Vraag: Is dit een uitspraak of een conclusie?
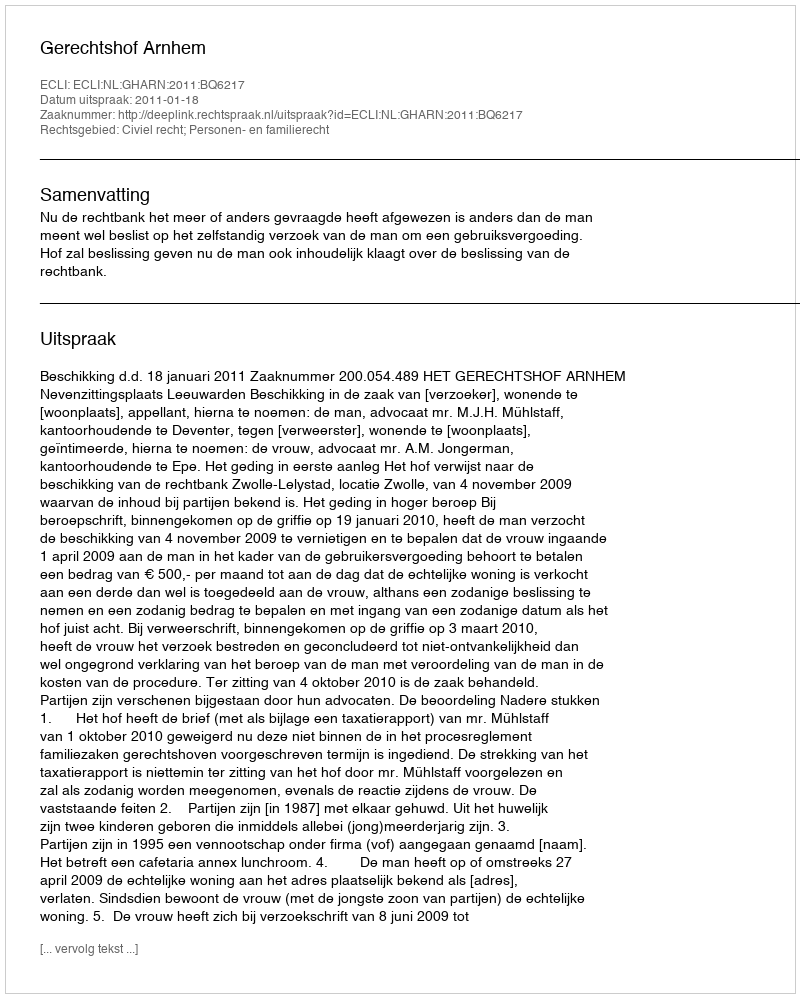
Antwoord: Uitspraak